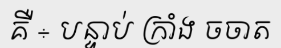
គឺ ÷ បន្ទាប់ ក្រាំង ចចាត